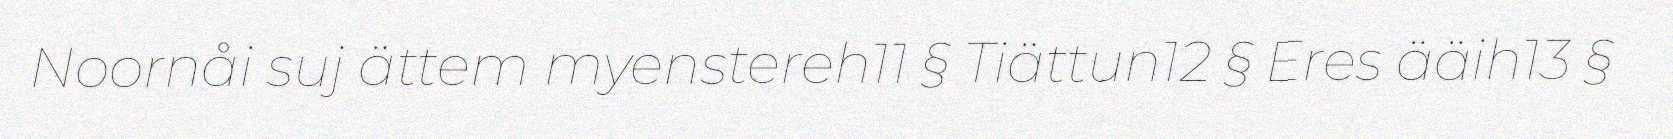
Noornåi suj ättem myenstereh11 § Tiättun12 § Eres ääih13 §